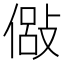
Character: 𫣇